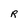
Character: R